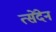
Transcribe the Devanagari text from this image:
त्सेंदेन